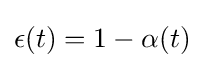
\epsilon (t)=1-\alpha (t)